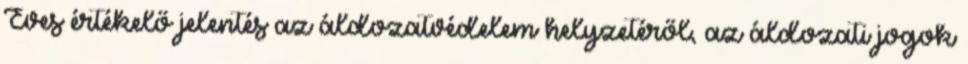
Éves értékelő jelentés az áldozatvédelem helyzetéről, az áldozati jogok